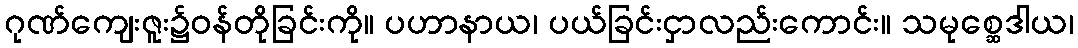
ဂုဏ်ကျေးဇူး၌ဝန်တိုခြင်းကို။ ပဟာနာယ၊ ပယ်ခြင်းငှာလည်းကောင်း။ သမုစ္ဆေဒါယ၊